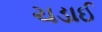
ચડાઈ